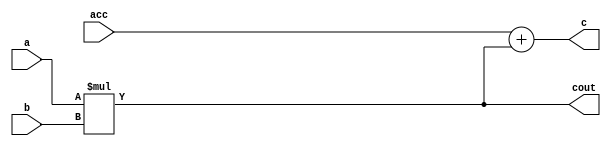
module awful(a, b, c, cout, acc); 
	input[7:0] a; 
	input[7:0] b; 
	input[7:0] acc; 
	output[15:0] cout; 
	output[15:0] c; 
	assign cout = a*b; 
	assign c = acc +cout; 
endmodule